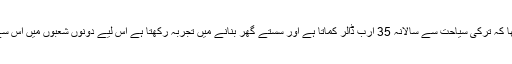
وزیراعظم کا کہنا تھا کہ ترکی سیاحت سے سالانہ 35 ارب ڈالر کماتا ہے اور سستے گھر بنانے میں تجربہ رکھتا ہے اس لیے دونوں شعبوں میں اس سے استفادہ کریں گے۔